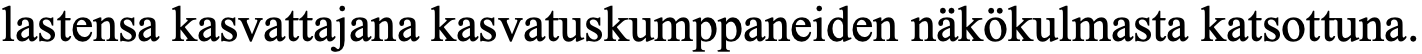
lastensa kasvattajana kasvatuskumppaneiden näkökulmasta katsottuna.